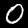
Digit: 0